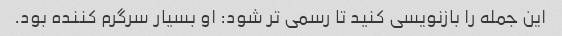
این جمله را بازنویسی کنید تا رسمی تر شود: او بسیار سرگرم کننده بود.